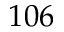
1 0 6